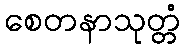
စေတနာသုတ္တံ